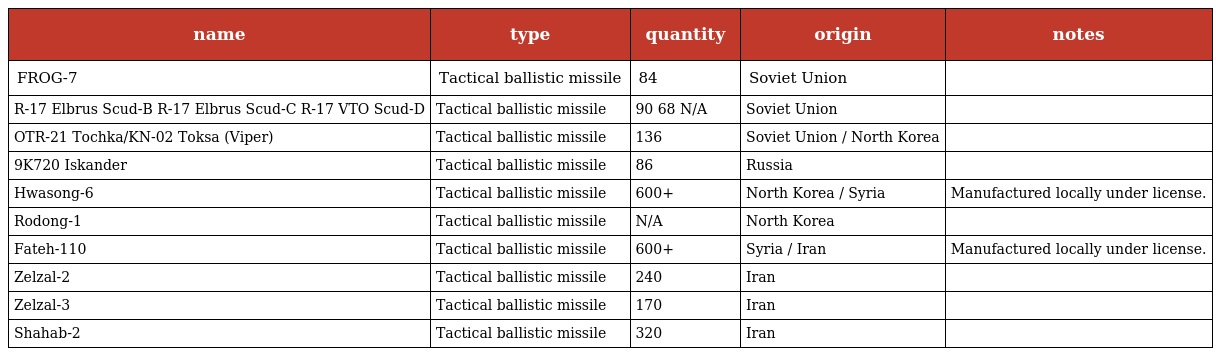
| name | type | quantity | origin | notes |
 | --- | --- | --- | --- | --- |
 | FROG-7 | Tactical ballistic missile | 84 | Soviet Union |  |
 | R-17 Elbrus Scud-B R-17 Elbrus Scud-C R-17 VTO Scud-D | Tactical ballistic missile | 90 68 N/A | Soviet Union |  |
 | OTR-21 Tochka/KN-02 Toksa (Viper) | Tactical ballistic missile | 136 | Soviet Union / North Korea |  |
 | 9K720 Iskander | Tactical ballistic missile | 86 | Russia |  |
 | Hwasong-6 | Tactical ballistic missile | 600+ | North Korea / Syria | Manufactured locally under license. |
 | Rodong-1 | Tactical ballistic missile | N/A | North Korea |  |
 | Fateh-110 | Tactical ballistic missile | 600+ | Syria / Iran | Manufactured locally under license. |
 | Zelzal-2 | Tactical ballistic missile | 240 | Iran |  |
 | Zelzal-3 | Tactical ballistic missile | 170 | Iran |  |
 | Shahab-2 | Tactical ballistic missile | 320 | Iran |  |